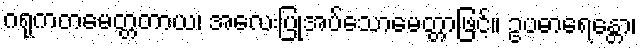
ဂရုကတမေတ္တတာယ၊ အလေးပြုအပ်သောမေတ္တာဖြင့်။ ဥပဓာရေန္တော၊